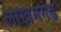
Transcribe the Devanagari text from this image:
लाखमगढ